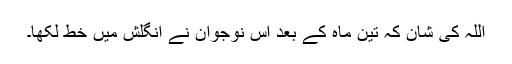
اللہ کی شان کہ تین ماہ کے بعد اس نوجوان نے انگلش میں خط لکھا۔